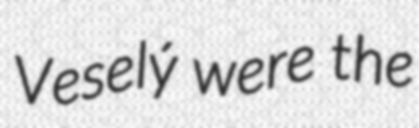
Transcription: Veselý were the